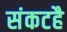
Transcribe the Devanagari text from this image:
संकटहै